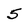
Character: 5